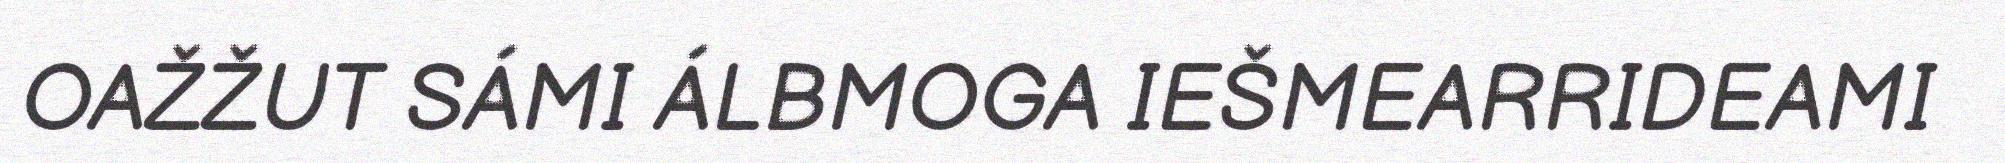
OAŽŽUT SÁMI ÁLBMOGA IEŠMEARRIDEAMI